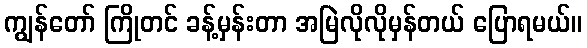
ကျွန်တော် ကြိုတင် ခန့်မှန်းတာ အမြဲလိုလိုမှန်တယ် ပြောရမယ်။